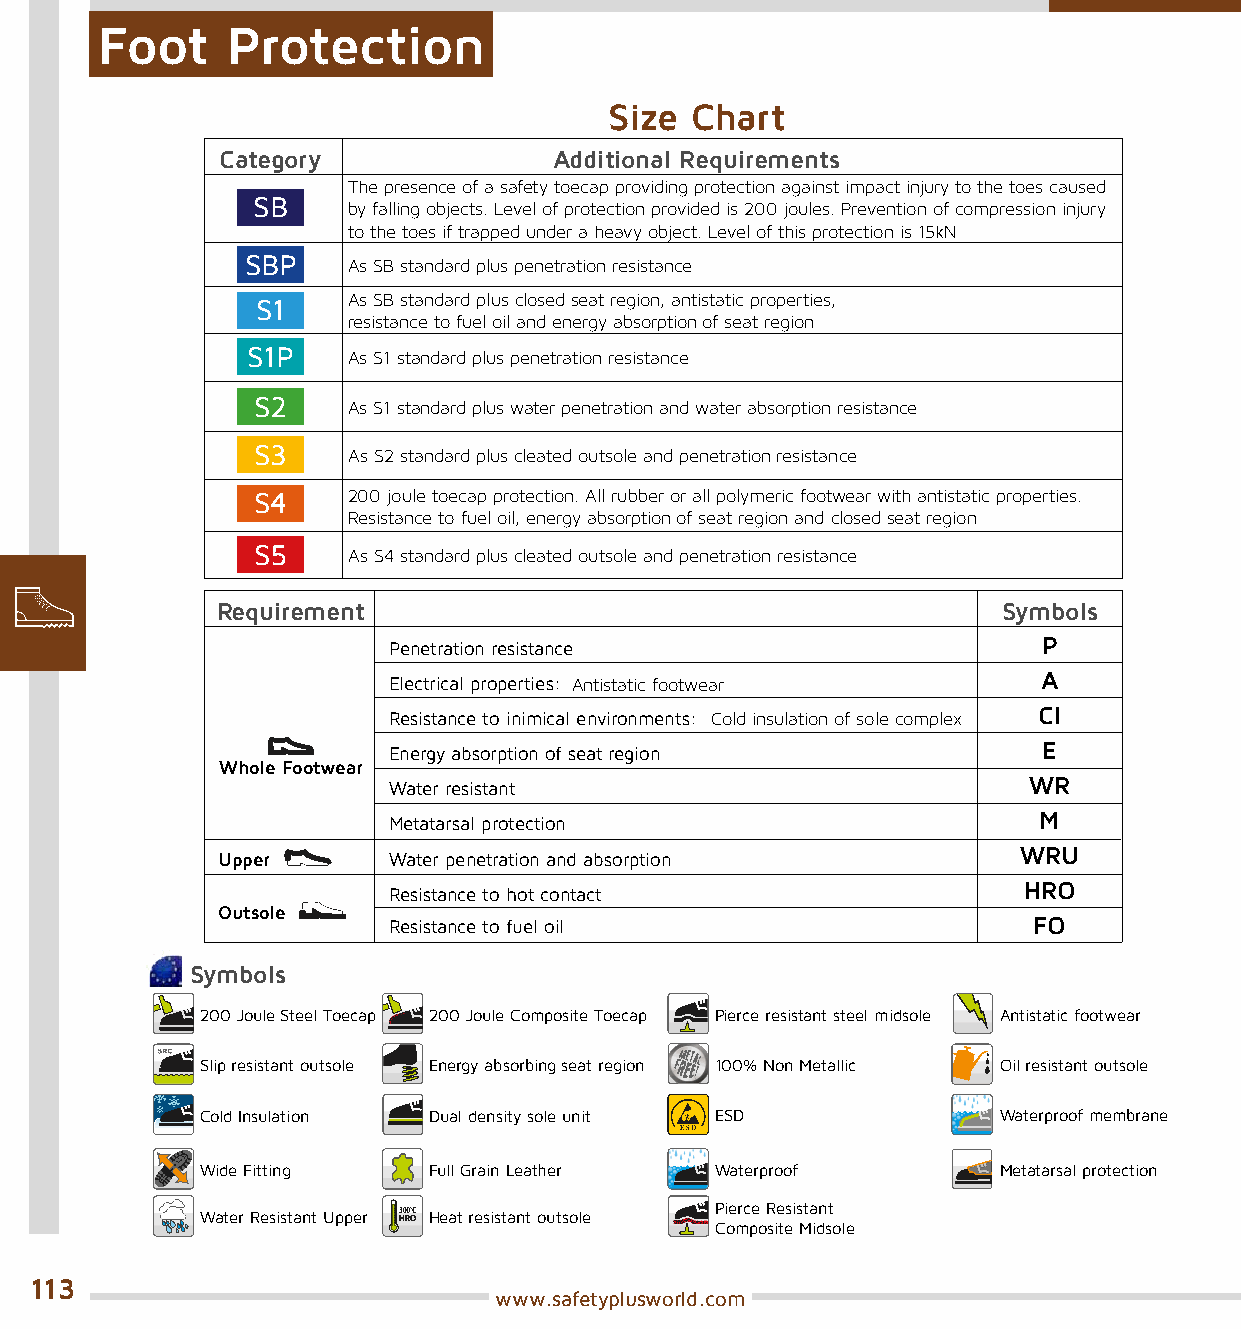
Foot     Protection
 Size  Chart
 Category              Additional Requirements
 The presence of a safety toecap providing protection against impact injury to the toes caused
 SB
 by falling objects. Level of protection provided is 200 joules. Prevention of compression injury
 to the toes if trapped under a heavy object. Level of this protection is 15kN
 SBP    As SB standard plus penetration resistance
 As SB standard plus closed seat region, antistatic properties,
 S1
 resistance to fuel oil and energy absorption of seat region
 S1P    As S1 standard plus penetration resistance
 S2    As S1 standard plus water penetration and water absorption resistance
 S3    As S2 standard plus cleated outsole and penetration resistance
 S4    200 joule toecap protection. All rubber or all polymeric footwear with antistatic properties.
 Resistance to fuel oil, energy absorption of seat region and closed seat region
 S5    As S4 standard plus cleated outsole and penetration resistance
 Requirement                                         Symbols
 Penetration resistance                     P
 Electrical properties: Antistatic footwear A
 Resistance to inimical environments: Cold insulation of sole complex CI
 Energy absorption of seat region           E
 Whole Footwear
 Water resistant                           WR
 Metatarsal protection                      M
 WRU
 Upper       Water penetration and absorption
 HRO
 Resistance to hot contact
 Outsole
 Resistance to fuel oil                    FO
 Symbols
 200 Joule Steel Toecap 200 Joule Composite Toecap Pierce resistant steel midsole Antistatic footwear
 Slip resistant outsole Energy absorbing seat region 100% Non Metallic Oil resistant outsole
 Cold Insulation Dual density sole unit ESD           Waterproof membrane
 Wide Fitting   Full Grain Leather Waterproof         Metatarsal protection
 Pierce Resistant
 Water Resistant Upper Heat resistant outsole
 Composite Midsole
 113
 www.safetyplusworld.com